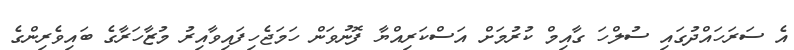
އެ ސަރަހައްދުގައި ސުލްހަ ގާއިމް ކުރުމަށް އަސްކަރިއްޔާ ފޮނުވަން ހަމަޖެހިފައިވާއިރު މުޒާހަރާގެ ބައިވެރިންގެ